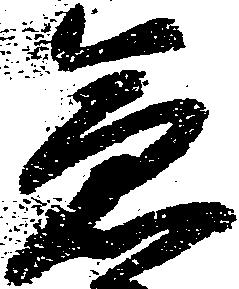
急